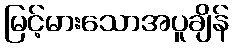
မြင့်မားသောအပူချိန်